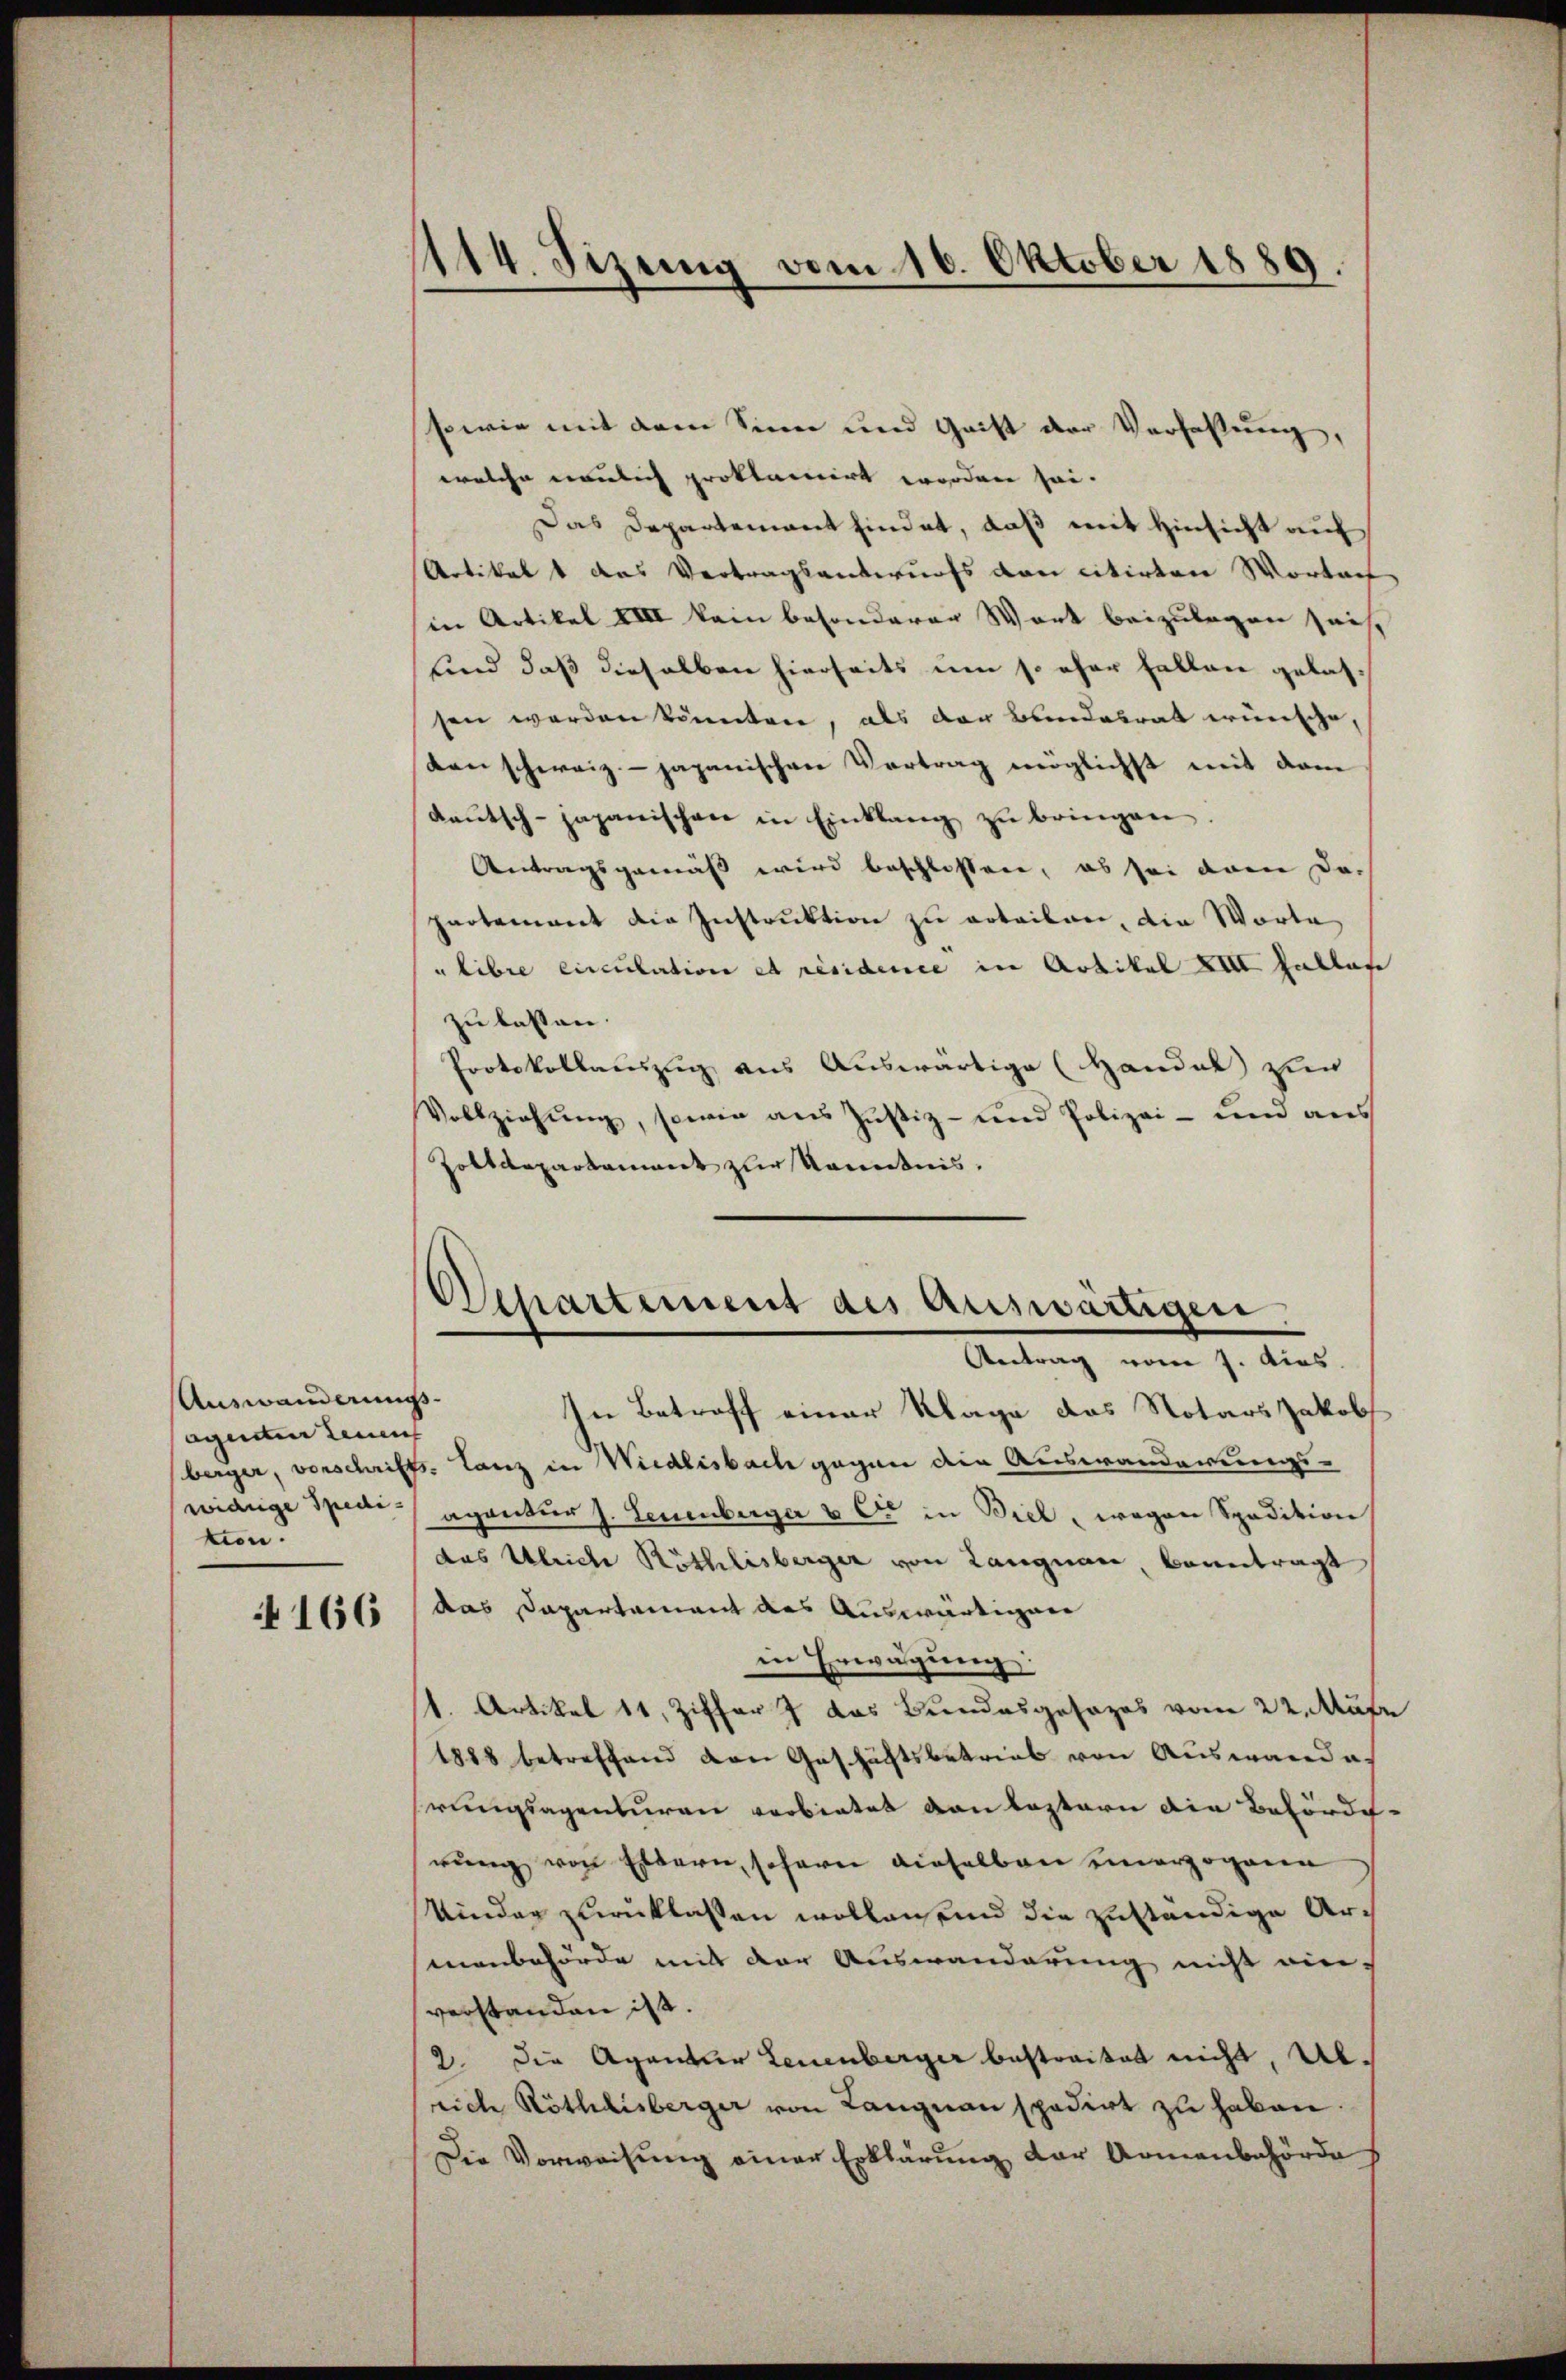
Auswanderungs-
agenten Leuen
widrige Spedi-
tion.

166

sowie mit dem Sinn und Grift der Verfaßung,
welche neulich proklamirt worden sei.
Das Departement findet, daß mit Hinsicht auf
Artikal & das Vertragsantwurfs von citirten Wortach
in Artikel XIII kain besonderer Wort beizulegen sich,
und daß dieselben hierseits um so eher Fallen gelassen werden könnten, als der Bundesrat wünsche,
den schweiz - japanischen Vertrag möglichst mit dem
deŭtsch-japanischen in Einklang zŭ bringen.
Antragsgemäß wird beschlossen, es sei dann da-
partement die Instruktion zu erteilen, die Worte
libre einculation et résidence in Artikal XIII Inblate
zu lassen.
Protokollauszug aus Auswärtige (Handal zur
Vollziehŭng, sowie aus Justiz- und Polizei- und aus
Zolldepartament zur Kenntnis.

1114. Sizung vom 16. Oktober 1889.

Ochartement des Auswärtigen
Antrag vom 7. dies

In Betroff einer Klage das Notars Jakobs
berger, vorschrifts- Lanz in Wiedlisbach gegen die Auswanderungs-
agentur J. Leuenberger & Cie in Biel, wegen Spedition
das Ulriche Ruthlisberger von Langnau, beantragt
das Dapartament des Auswärtigen
in Erwägung:
t. Artikel 11. Ziffer z das Bundesgesezes vom 22. Aufe
1888 betreffend den Geschäftsbetrieb von Auswandes
rungsagenturen vorbietet von lastern die Behörderung von Eltern, sofern dieselben unerzogenen
Kinder zurücklassen wollen und die zuständige Armanbehörde mit der Auswanderung nicht ein-
verstanden ist.
2. die Agentur Leuenberger bestreitet nicht, Abrich Röthlisberger von Langnau spedirt zŭ haben.
Die Vorweisŭng einer Erklärung der Armenbehörde